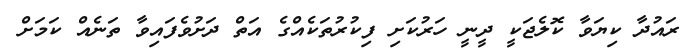
ރައުދާ ކިޔަވާ ކޮލެޖަކީ ދީނީ ހަރުކަށި ފިކުރުތަކެއްގެ އަތް ދަށުވެފައިވާ ތަނެއް ކަމަށް